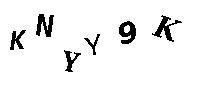
KNYY9K